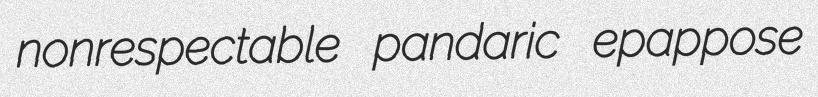
nonrespectable pandaric epappose